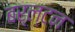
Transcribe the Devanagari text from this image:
बर्ल्टन